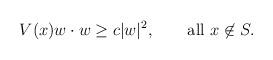
LaTeX: \begin{align*}V(x)w\cdot w \geq c|w|^2,\qquad \mathrm{all}\ x\not \in S.\end{align*}